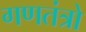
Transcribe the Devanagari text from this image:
गणतंत्रो